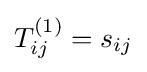
T_{ij}^{(1)}=s_{ij}